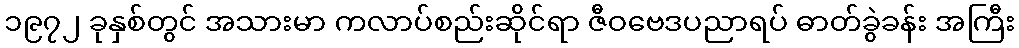
၁၉၇၂ ခုနှစ်တွင် အသားမာ ကလာပ်စည်းဆိုင်ရာ ဇီဝဗေဒပညာရပ် ဓာတ်ခွဲခန်း အကြီး